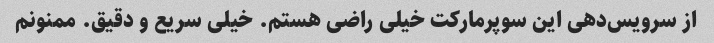
از سرویس‌دهی این سوپرمارکت خیلی راضی هستم. خیلی سریع و دقیق. ممنونم